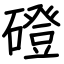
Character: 磴